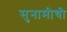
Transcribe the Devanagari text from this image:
सुनामीची